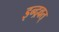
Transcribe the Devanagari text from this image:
इन्द्रवत्